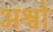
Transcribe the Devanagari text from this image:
अश्वो